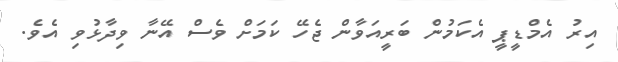
އިރު އެމްޑީޕީ އެކަމުން ބަރީއަވާން ޖެހޭ ކަމަށް ވެސް އޭނާ ވިދާޅުވި އެވެ.